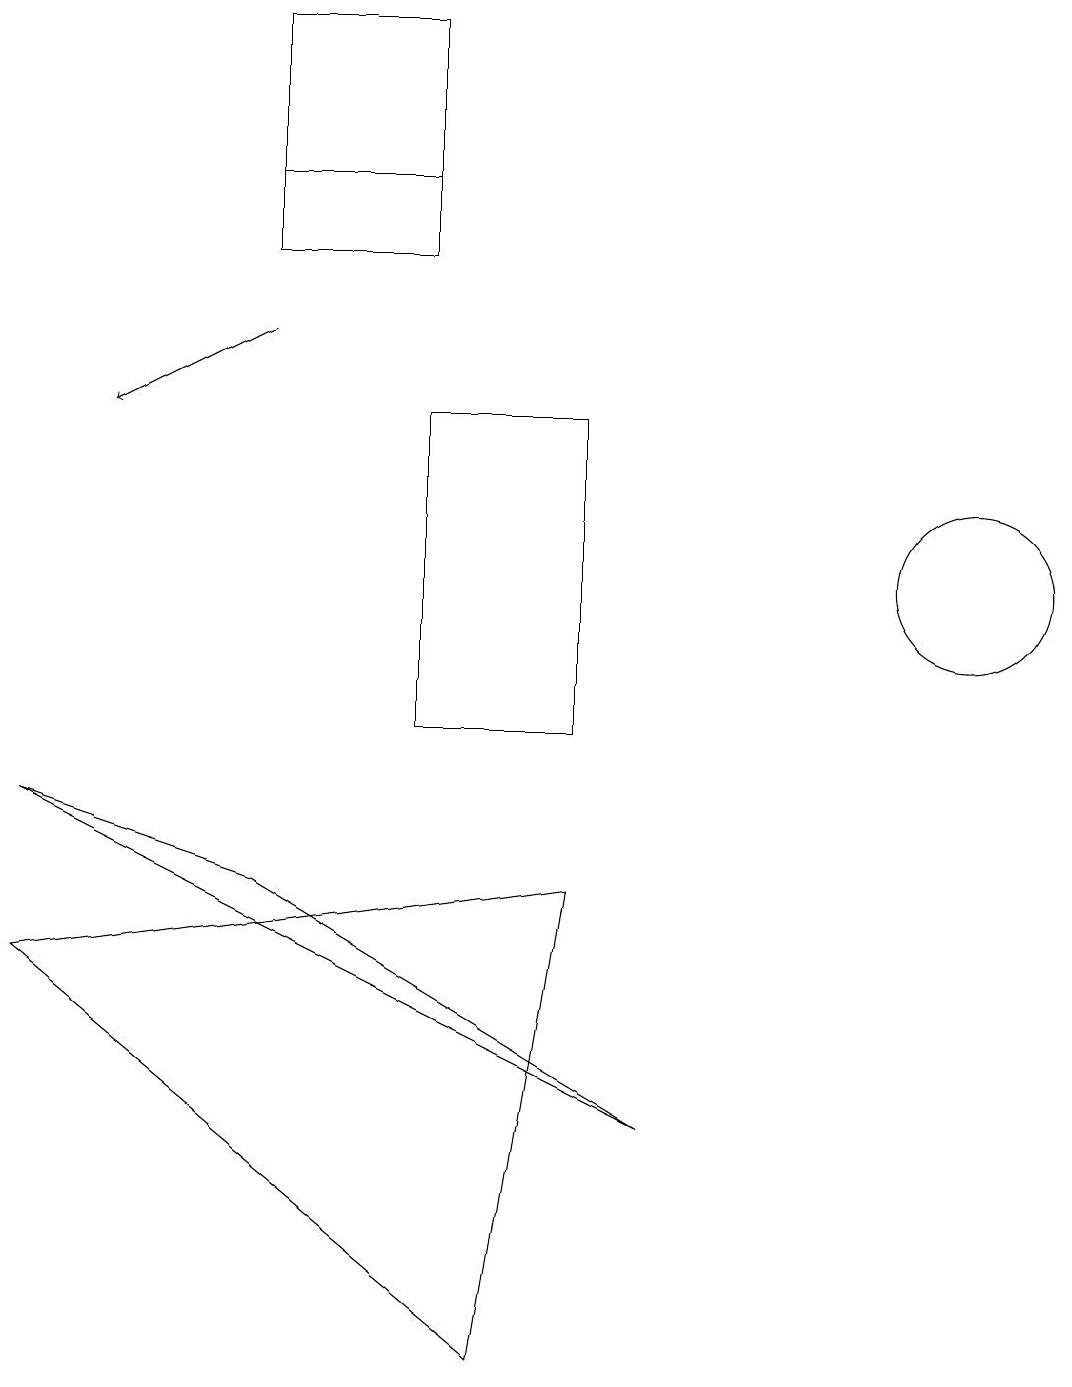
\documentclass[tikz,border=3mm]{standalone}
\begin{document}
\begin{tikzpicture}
\draw (8,5) -- (0,9) -- (3,8) -- cycle;
\draw (7,10) rectangle (5,14);
\draw[->] (3,15) -- (1,14);
\draw (12,12) circle (1);
\draw (3,17) rectangle (5,16);
\draw (5,19) rectangle (3,17);
\draw (7,8) -- (6,2) -- (0,7) -- cycle;
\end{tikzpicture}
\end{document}